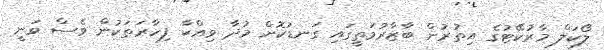
ލޯކަލް މާރުކޭޓުގެ އިތުރުން ބާޒާރުމަތީގައި ގަނޑުކޮށް މުދާ ވިއްކާ ފިހާރަތަކުން ވެސް ވަނީ